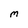
Character: M